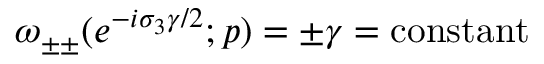
\omega _ { \pm \pm } ( e ^ { - i \sigma _ { 3 } \gamma / 2 } ; p ) = \pm \gamma = \mathrm { c o n s t a n t }